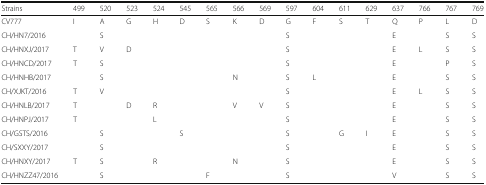
<table><thead><tr><td><b>Strains</b></td><td><b>499</b></td><td><b>520</b></td><td><b>523</b></td><td><b>524</b></td><td><b>545</b></td><td><b>565</b></td><td><b>566</b></td><td><b>569</b></td><td><b>597</b></td><td><b>604</b></td><td><b>611</b></td><td><b>629</b></td><td><b>637</b></td><td><b>766</b></td><td><b>767</b></td><td><b>769</b></td></tr></thead><tbody><tr><td>CV777</td><td>I</td><td>A</td><td>G</td><td>H</td><td>D</td><td>S</td><td>K</td><td>D</td><td>G</td><td>F</td><td>S</td><td>T</td><td>Q</td><td>P</td><td>L</td><td>D</td></tr><tr><td>CH/HN7/2016</td><td></td><td>S</td><td></td><td></td><td></td><td></td><td></td><td></td><td>S</td><td></td><td></td><td></td><td>E</td><td></td><td>S</td><td>S</td></tr><tr><td>CH/HNXJ/2017</td><td>T</td><td>V</td><td>D</td><td></td><td></td><td></td><td></td><td></td><td>S</td><td></td><td></td><td></td><td>E</td><td>L</td><td>S</td><td>S</td></tr><tr><td>CH/HNCD/2017</td><td>T</td><td>S</td><td></td><td></td><td></td><td></td><td></td><td></td><td>S</td><td></td><td></td><td></td><td>E</td><td></td><td>P</td><td>S</td></tr><tr><td>CH/HNHB/2017</td><td></td><td>S</td><td></td><td></td><td></td><td></td><td>N</td><td></td><td>S</td><td>L</td><td></td><td></td><td>E</td><td></td><td>S</td><td>S</td></tr><tr><td>CH/XJKT/2016</td><td>T</td><td>V</td><td></td><td></td><td></td><td></td><td></td><td></td><td>S</td><td></td><td></td><td></td><td>E</td><td>L</td><td>S</td><td>S</td></tr><tr><td>CH/HNLB/2017</td><td>T</td><td></td><td>D</td><td>R</td><td></td><td></td><td>V</td><td>V</td><td>S</td><td></td><td></td><td></td><td>E</td><td></td><td>S</td><td>S</td></tr><tr><td>CH/HNPJ/2017</td><td>T</td><td></td><td></td><td>L</td><td></td><td></td><td></td><td></td><td>S</td><td></td><td></td><td></td><td>E</td><td></td><td>S</td><td>S</td></tr><tr><td>CH/GSTS/2016</td><td></td><td>S</td><td></td><td></td><td>S</td><td></td><td></td><td></td><td>S</td><td></td><td>G</td><td>I</td><td>E</td><td></td><td>S</td><td>S</td></tr><tr><td>CH/SXXY/2017</td><td></td><td>S</td><td></td><td></td><td></td><td></td><td></td><td></td><td>S</td><td></td><td></td><td></td><td>E</td><td></td><td>S</td><td>S</td></tr><tr><td>CH/HNXY/2017</td><td>T</td><td>S</td><td></td><td>R</td><td></td><td></td><td>N</td><td></td><td>S</td><td></td><td></td><td></td><td>E</td><td></td><td>S</td><td>S</td></tr><tr><td>CH/HNZZ47/2016</td><td></td><td>S</td><td></td><td></td><td></td><td>F</td><td></td><td></td><td>S</td><td></td><td></td><td></td><td>V</td><td></td><td>S</td><td>S</td></tr></tbody></table>